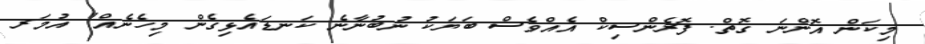
މިކަން އޮންނަ ގޮތް. ފޮރެންސިކް އެއްވެސް ބަޔަކު ނުބުނާނެ ކަނޑައެޅިގެން މިހެނެއް" އުމަރ